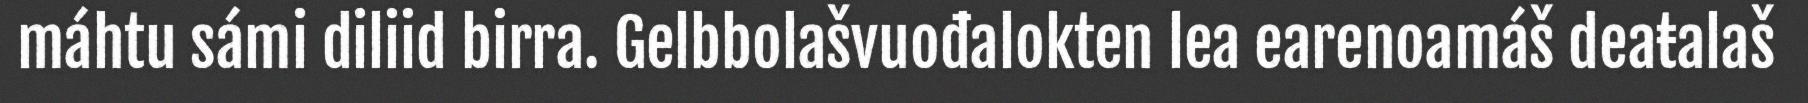
máhtu sámi diliid birra. Gelbbolašvuođalokten lea earenoamáš deaŧalaš